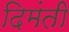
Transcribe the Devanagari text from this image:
दिमंती